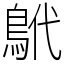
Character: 鴏